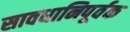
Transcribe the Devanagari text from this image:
सावधानिपूर्वक